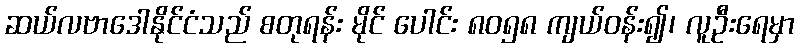
ဆယ်လဗာဒေါနိုင်ငံသည် စတုရန်း မိုင် ပေါင်း ၈၀၅၈ ကျယ်ဝန်း၍၊ လူဦးရေမှာ